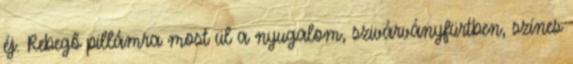
éj. Rebegő pillámra most ül a nyugalom, szivárványfürtben, színes